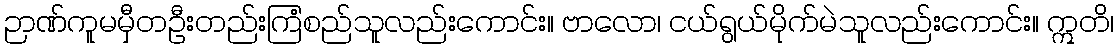
ဉာဏ်ကူမမှီတဦးတည်းကြံစည်သူလည်းကောင်း။ ဗာလော၊ ငယ်ရွယ်မိုက်မဲသူလည်းကောင်း။ ဣတိ၊